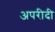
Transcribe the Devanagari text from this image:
अपरीदी